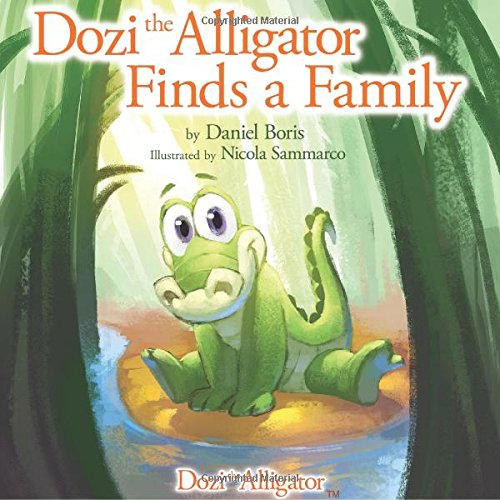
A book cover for Dozi the Alligator Finds a Family; Daniel Boris; Children's Books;